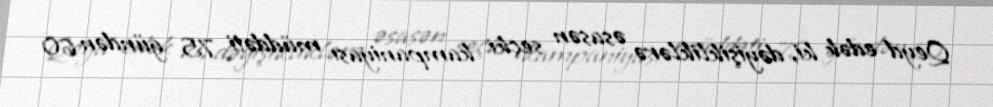
Qeyd edək ki, dəyişikliklərə əsasən seçki kampaniyası müddəti 75 gündən 60